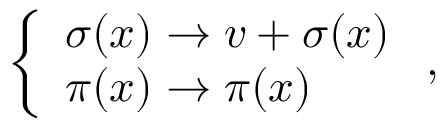
\left\{ \begin{array} { l l } { { \sigma ( x ) \rightarrow v + \sigma ( x ) } } \\ { { \pi ( x ) \rightarrow \pi ( x ) } } \end{array} \right. ,